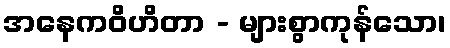
အနေကဝိဟိတာ - များစွာကုန်သော၊